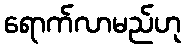
ရောက်လာမည်ဟု